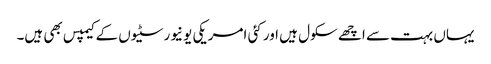
یہاں بہت سے اچھے سکول ہیں اور کئی امریکی یونیورسٹیوں کے کیمپس بھی ہیں۔